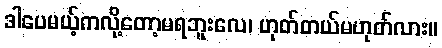
ဒါပေမယ့်ကလို့တော့မရဘူးလေ၊ ဟုတ်တယ်မဟုတ်လား။